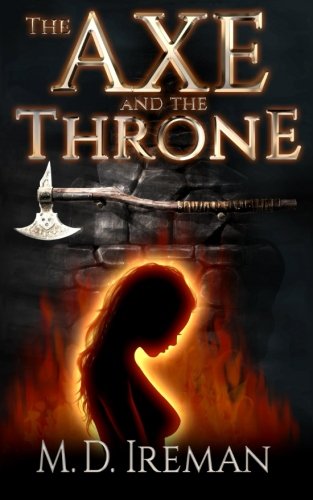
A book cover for The Axe and the Throne (Bounds of Redemption) (Volume 1); M. D. Ireman; Science Fiction & Fantasy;